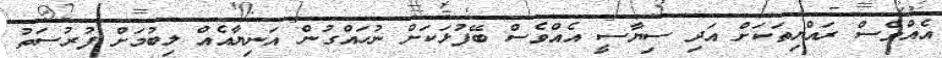
އެއްވެސް ރައްޔިތަކަށް އަދި ސިޔާސީ އެއްވެސް ބޭފުޅަކަށް ނުހައްގުން އަނިޔާއެއް ލިބުމަށް ފުރުސަތު